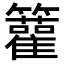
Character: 𥷬